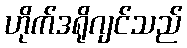
ဟိုက်ဒရိုဂျင်သည်